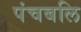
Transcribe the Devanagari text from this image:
पंचबलि